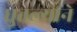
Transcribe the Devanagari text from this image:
धुतल्याने